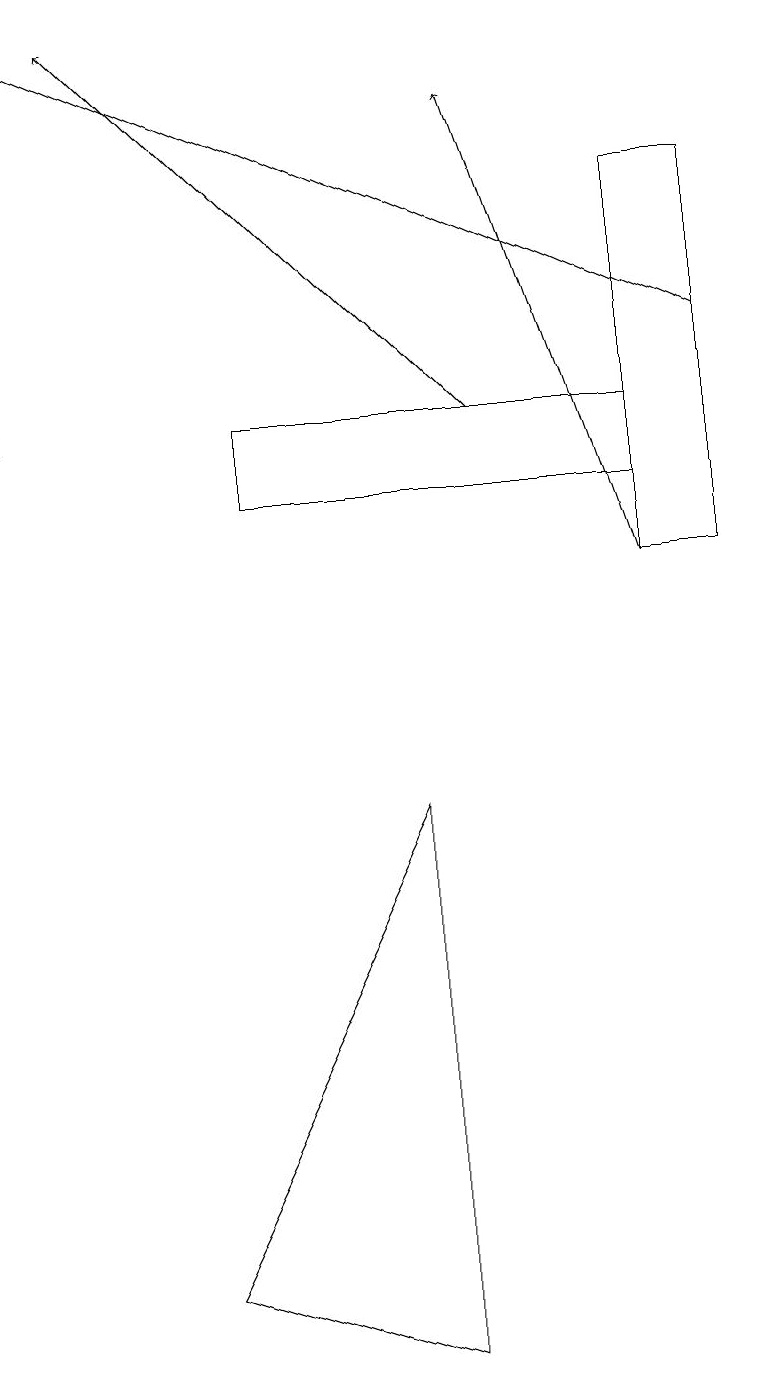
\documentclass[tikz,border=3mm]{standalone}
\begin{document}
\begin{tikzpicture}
\draw (0,14) rectangle (0,15);
\draw (3,13) rectangle (8,14);
\draw[->] (9,15) -- (0,19);
\draw[->] (6,14) -- (1,19);
\draw (5,2) -- (2,3) -- (5,9) -- cycle;
\draw[->] (8,12) -- (6,18);
\draw (8,12) rectangle (9,17);
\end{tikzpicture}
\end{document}